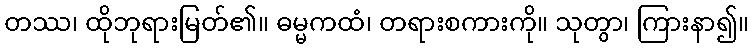
တဿ၊ ထိုဘုရားမြတ်၏။ ဓမ္မကထံ၊ တရားစကားကို။ သုတွာ၊ ကြားနာ၍။